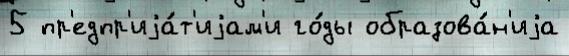
5 пр'едпр'иjа́т'иjам'и го́ды образова́н'иjа